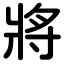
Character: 將